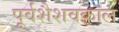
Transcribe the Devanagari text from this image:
पूर्वशैशवकाल